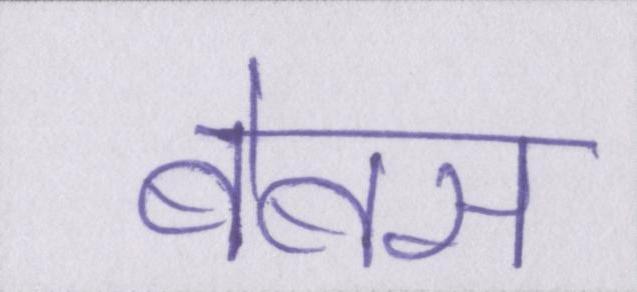
बेबस